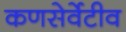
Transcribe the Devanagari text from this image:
कणसेर्वेटीव